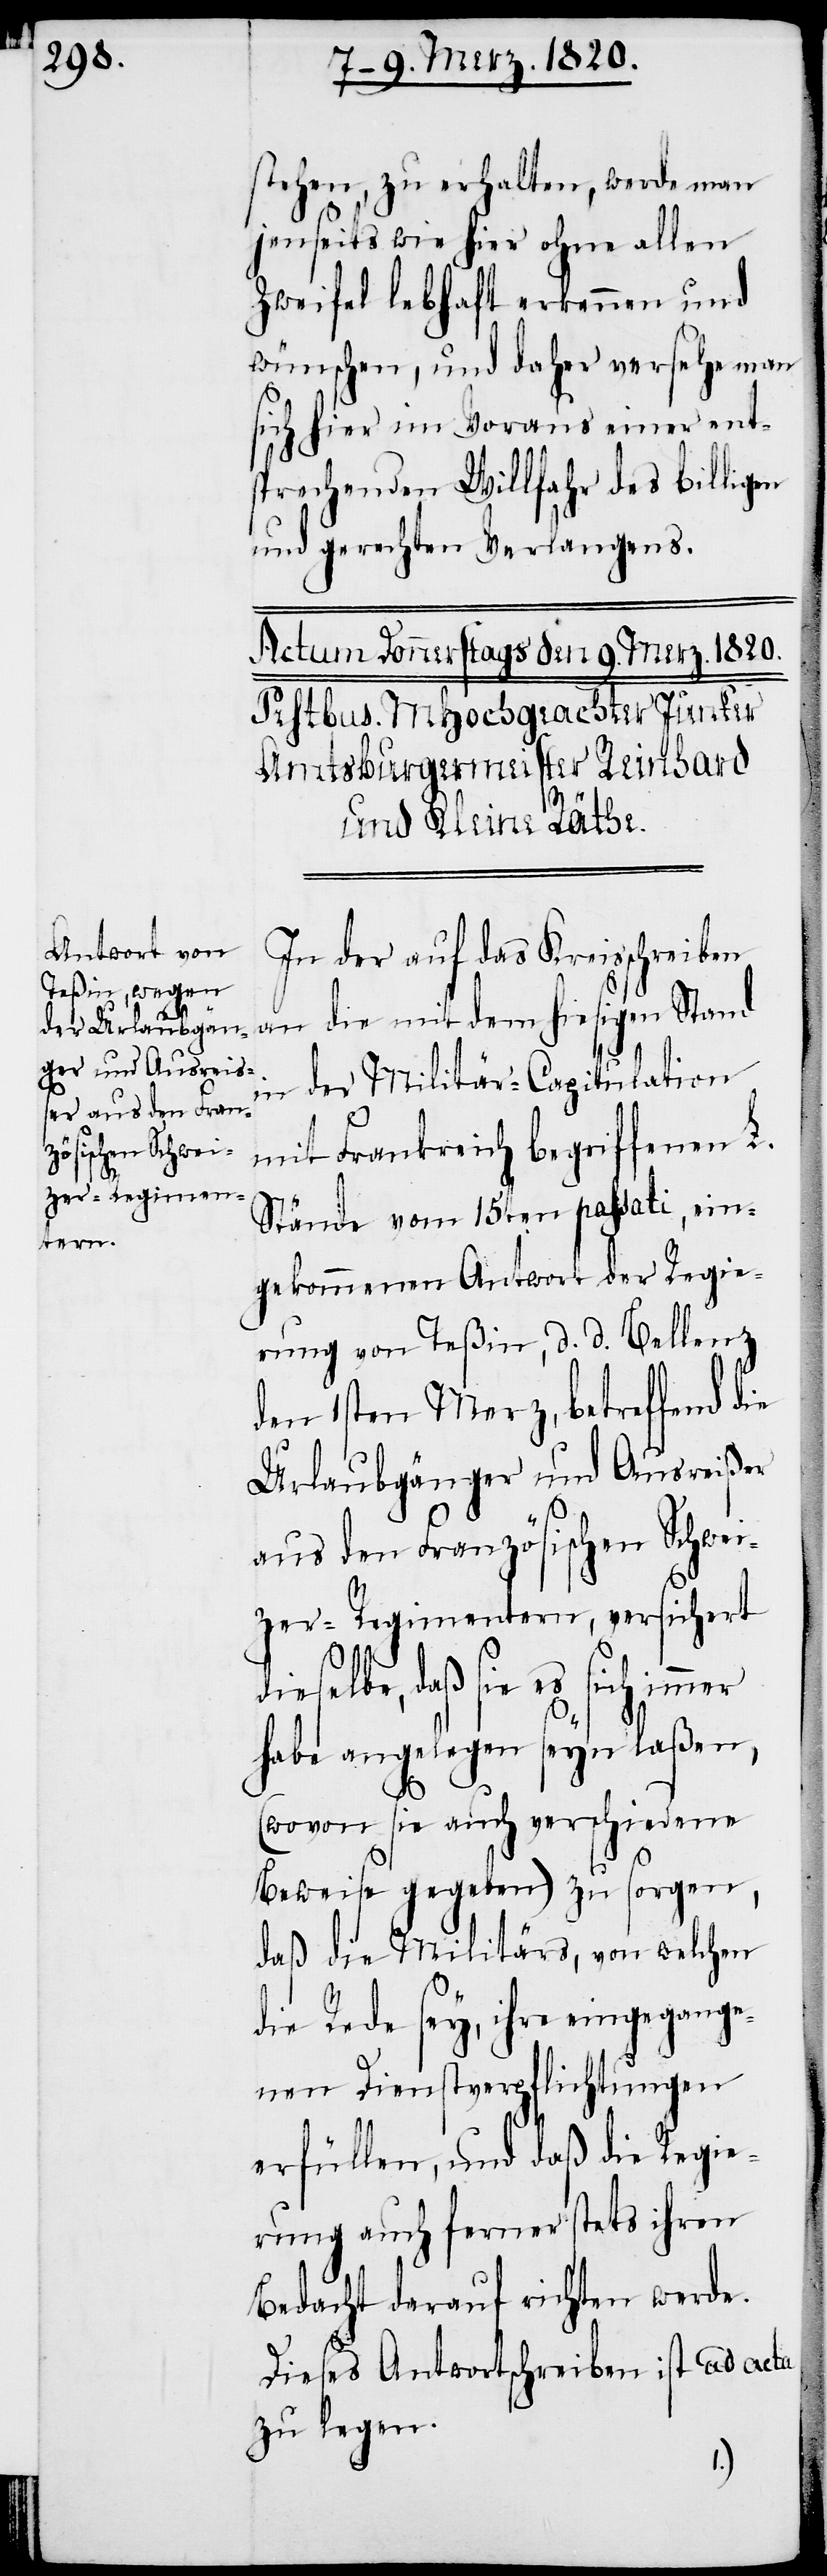
mer
stehen, zu erhalten, werde man
jenseits wie hier ohne allen
Zweifel lebhaft erkennen und
wünschen, und daher versehe man
sich hier im Voraus einer ent¬
sprechenden Willfahr des billigen
und gerechten Verlangens.
In der auf das Kreisschreiben
an die mit dem hiesigen Stand
in der Militär-Capitulation
mit Frankreich begriffenen L.
Stände vom 15ten passati, ein¬
gekommenen Antwort der Regie¬
rung von Teßin, d. d. Bellenz
den 1sten Merz, betreffend die
Urlaubgänger und Ausreißer
aus den Französischen Schwei¬
zer-Regimentern, versichert
daß sie es sich im¬
habe angelegen seyn laßen,
(wovon sie auch verschiedene
Beweise gegeben) zu sorgen,
daß die Militärs, von welchen
die Rede sey, ihre eingegange¬
nen Dienstverpflichtungen
erfüllen, und daß die Regie¬
rung auch ferner stetes ihren
Bedacht darauf richten werde.
Dieses Antwortschreiben ist ad acta
zu legen.